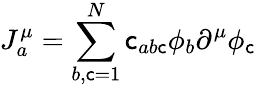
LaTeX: J_{a}^{\mu}=\sum_{b,\mathsf{c}=1}^{N}\mathsf{c}_{ab\mathsf{c}}\phi_{b}\partial^{\mu}\phi_{\mathsf{c}}